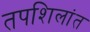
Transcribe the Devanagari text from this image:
तपशिलांत